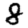
Digit: 8